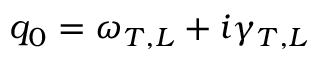
q _ { 0 } = \omega _ { T , L } + i \gamma _ { T , L }